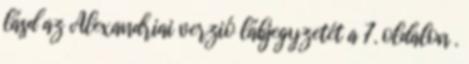
lásd az Alexandriai verzió lábjegyzetét a 7. oldalon .